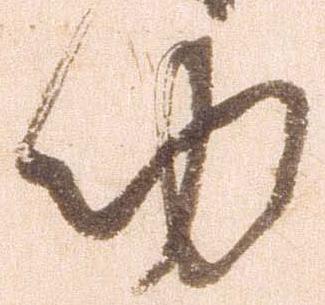
功